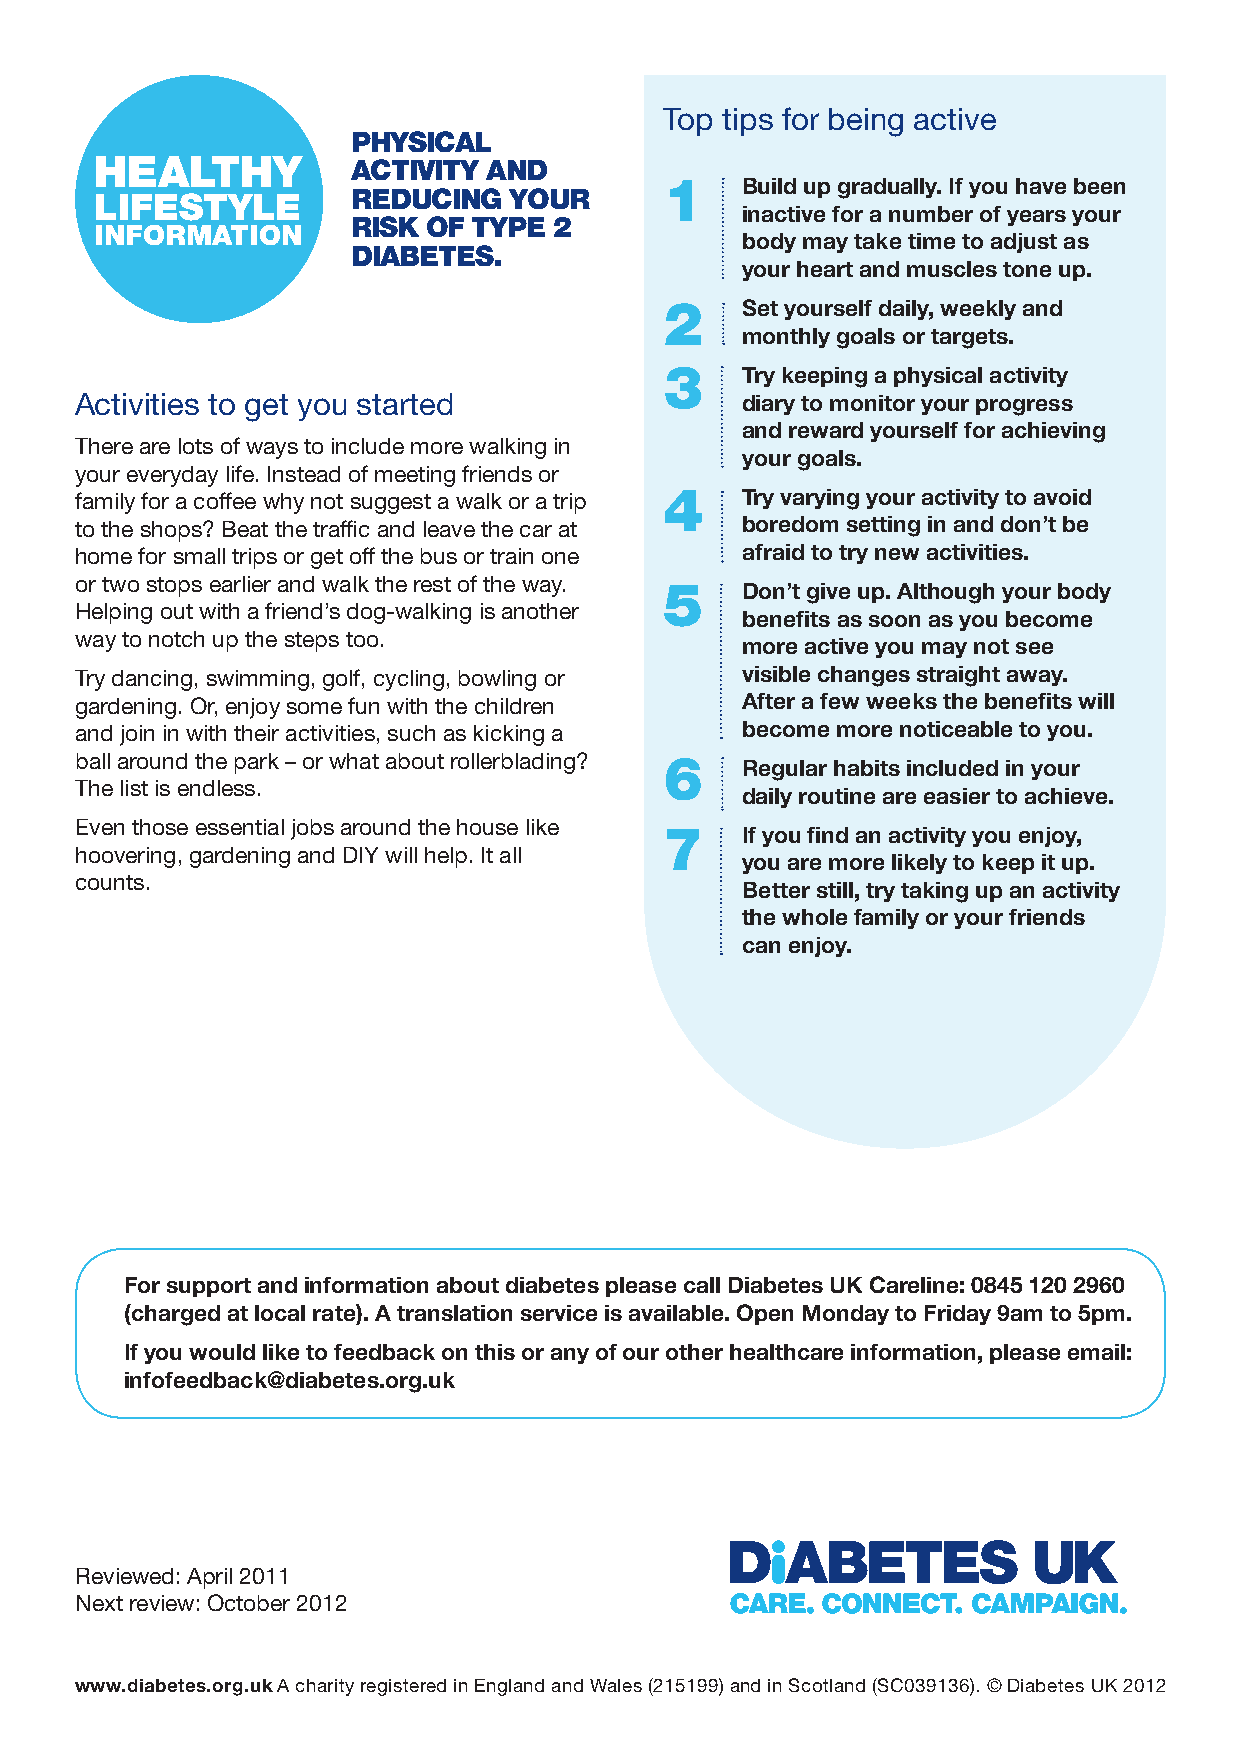
Top tips for being active
 PHYSICAL
 HEALTHY          ACTIVITY AND
 1    Build up gradually. If you have been
 LIFESTYLE        REDUCING   YOUR
 inactive for a number of years your
 RISK OF TYPE  2
 INFORMATION
 body may take time to adjust as
 DIABETES.
 your heart and muscles tone up.
 2    Set yourself daily, weekly and
 monthly goals or targets.
 3    Try keeping a physical activity
 Activities to get you started               diary to monitor your progress
 and reward yourself for achieving
 There are lots of ways to include more walking in
 your goals.
 your everyday life. Instead of meeting friends or
 family for a coffee why not suggest a walk or a trip 4 Try varying your activity to avoid
 to the shops? Beat the traffic and leave the car at boredom setting in and don’t be
 home for small trips or get off the bus or train one afraid to try new activities.
 or two stops earlier and walk the rest of the way.
 5    Don’t give up. Although your body
 Helping out with a friend’s dog-walking is another
 benefits as soon as you become
 way to notch up the steps too.
 more active you may not see
 Try dancing, swimming, golf, cycling, bowling or visible changes straight away.
 gardening. Or, enjoy some fun with the children After a few weeks the benefits will
 and join in with their activities, such as kicking a become more noticeable to you.
 ball around the park – or what about rollerblading? 6 Regular habits included in your
 The list is endless.
 daily routine are easier to achieve.
 Even those essential jobs around the house like
 7    If you find an activity you enjoy,
 hoovering, gardening and DIY will help. It all
 you are more likely to keep it up.
 counts.
 Better still, try taking up an activity
 the whole family or your friends
 can enjoy.
 For support and information about diabetes please call Diabetes UK Careline: 0845 120 2960
 (charged at local rate). A translation service is available. Open Monday to Friday 9am to 5pm.
 If you would like to feedback on this or any of our other healthcare information, please email:
 infofeedback@diabetes.org.uk
 Reviewed: April 2011
 Next review: October 2012
 www.diabetes.org.uk A charity registered in England and Wales (215199) and in Scotland (SC039136). © Diabetes UK 2012